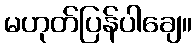
မဟုတ်ပြန်ပါချေ။